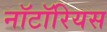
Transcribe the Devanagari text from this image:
नॉटॉरियस